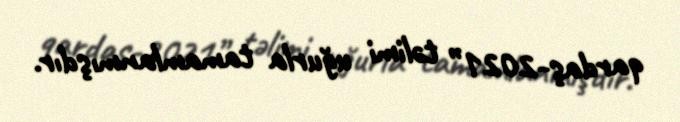
qardaş-2021” təlimi uğurla tamamlanmışdır.